Vaccine operations Central Provinces & Berar 1922-1929 - 1922-1929
Year: 1922
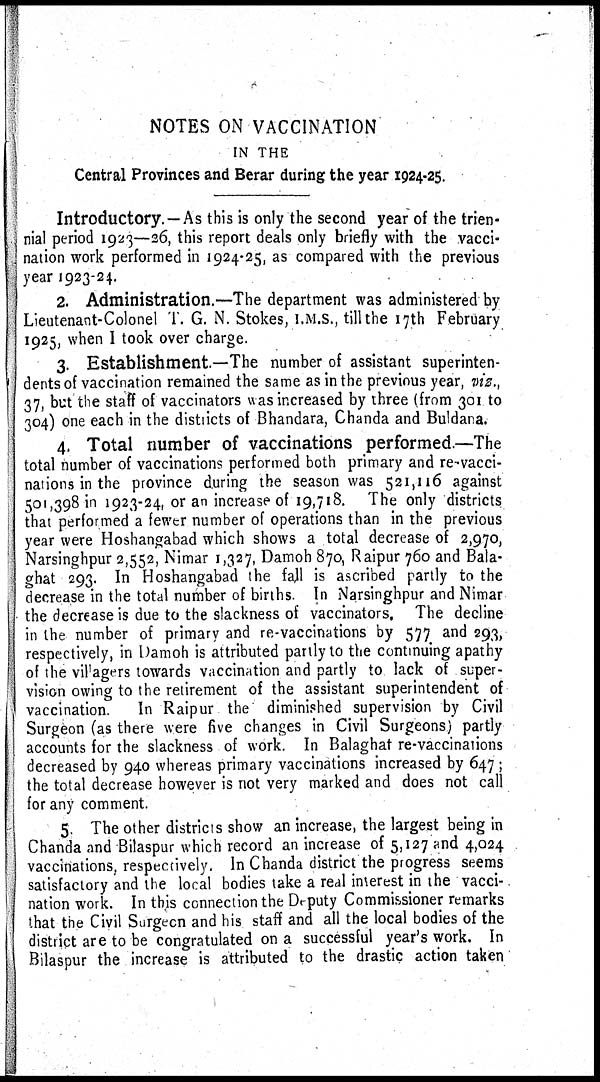
NOTES ON VACCINATION
IN THE
Central Provinces and Berar during the year 1924-25.
Introductory.—As this is only the second year of the trien-
nial period 1923—26, this report deals only briefly with the vacci-
nation work performed in 1924-25, as compared with the previous
year 1923-24.
2. Administration.—The department was administered by
Lieutenant-Colonel T. G. N. Stokes, I.M.S., till the 17th February
1925, when I took over charge.
3. Establishment.—The number of assistant superinten-
dents of vaccination remained the same as in the previous year, viz.,
37, but the staff of vaccinators was increased by three (from 301 to
304) one each in the districts of Bhandara, Chanda and Buldana.
4. Total number of vaccinations performed.—The
total number of vaccinations performed both primary and re-vacci-
nations in the province during the season was 521,116 against
501,398 in 1923-24, or an increase of 19,718. The only districts
that performed a fewer number of operations than in the previous
year were Hoshangabad which shows a total decrease of 2,970,
Narsinghpur 2,552, Nimar 1,327, Damoh 870, Raipur 760 and Bala-
ghat 293. In Hoshangabad the fall is ascribed partly to the
decrease in the total number of births. In Narsinghpur and Nimar
the decrease is due to the slackness of vaccinators. The decline
in the number of primary and re-vaccinations by 577 and 293,
respectively, in Damoh is attributed partly to the continuing apathy
of the villagers towards vaccination and partly to lack of super-
vision owing to the retirement of the assistant superintendent of
vaccination.
In Raipur the diminished supervision by Civil
Surgeon (as there were five changes in Civil Surgeons) partly
accounts for the slackness of work. In Balaghat re-vaccinations
decreased by 940 whereas primary vaccinations increased by 647 ;
the total decrease however is not very marked and does not call
for any comment.
5. The other districts show an increase, the largest being in
Chanda and Bilaspur which record an increase of 5,127 and 4,024
vaccinations, respectively. In Chanda district the progress seems
satisfactory and the local bodies take a real interest in the vacci-
nation work. In this connection the Deputy Commissioner remarks
that the Civil Surgeon and his staff and all the local bodies of the
district are to be congratulated on a successful year's work. In
Bilaspur the increase is attributed to the drastic action taken